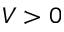
V > 0